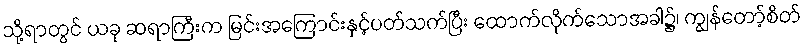
သို့ရာတွင် ယခု ဆရာကြီးက မြင်းအကြောင်းနှင့်ပတ်သက်ပြီး ထောက်လိုက်သောအခါ၌၊ ကျွန်တော့်စိတ်